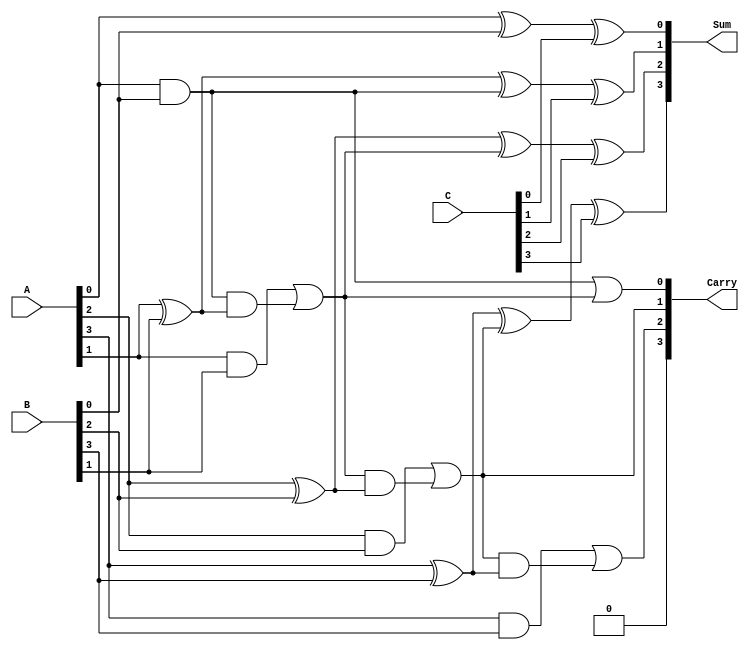
module MCSA (
    input [3:0] A,  // First 4-bit input
    input [3:0] B,  // Second 4-bit input
    input [3:0] C,  // Third 4-bit input
    output [3:0] Sum,  // Sum output
    output [3:0] Carry  // Carry output
);

// Internal wires for the half adders and full adders
wire [3:0] HA_Sum, HA_Carry;
wire [3:0] FA_Sum, FA_Carry;

// Half Adder for A and B
assign HA_Sum[0] = A[0] ^ B[0];  // Sum bit for LSB
assign HA_Carry[0] = A[0] & B[0]; // Carry bit for LSB

// Full Adders for the remaining bits
genvar i;
generate
    for (i = 1; i < 4; i = i + 1) begin : FA
        wire carry_in;
        assign carry_in = (i == 1) ? HA_Carry[0] : FA_Carry[i-1];
        assign FA_Sum[i] = A[i] ^ B[i] ^ carry_in; // Sum bit
        assign FA_Carry[i] = (A[i] & B[i]) | (carry_in & (A[i] ^ B[i])); // Carry bit
    end
endgenerate

// Final Carry bits
assign Carry[0] = HA_Carry[0] | FA_Carry[1]; // Carry from LSB
assign Carry[1] = FA_Carry[2];               // Carry from 2nd bit
assign Carry[2] = FA_Carry[3];               // Carry from 3rd bit
assign Carry[3] = 0;                         // No carry out for 4-bit addition

// Sum output
assign Sum[0] = HA_Sum[0] ^ C[0]; // Final Sum for LSB
generate
    for (i = 1; i < 4; i = i + 1) begin : SUM
        assign Sum[i] = FA_Sum[i] ^ C[i]; // Final Sum bits
    end
endgenerate

endmodule